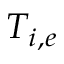
T _ { i , e }